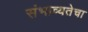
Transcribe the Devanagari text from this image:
संभाव्यतेचा